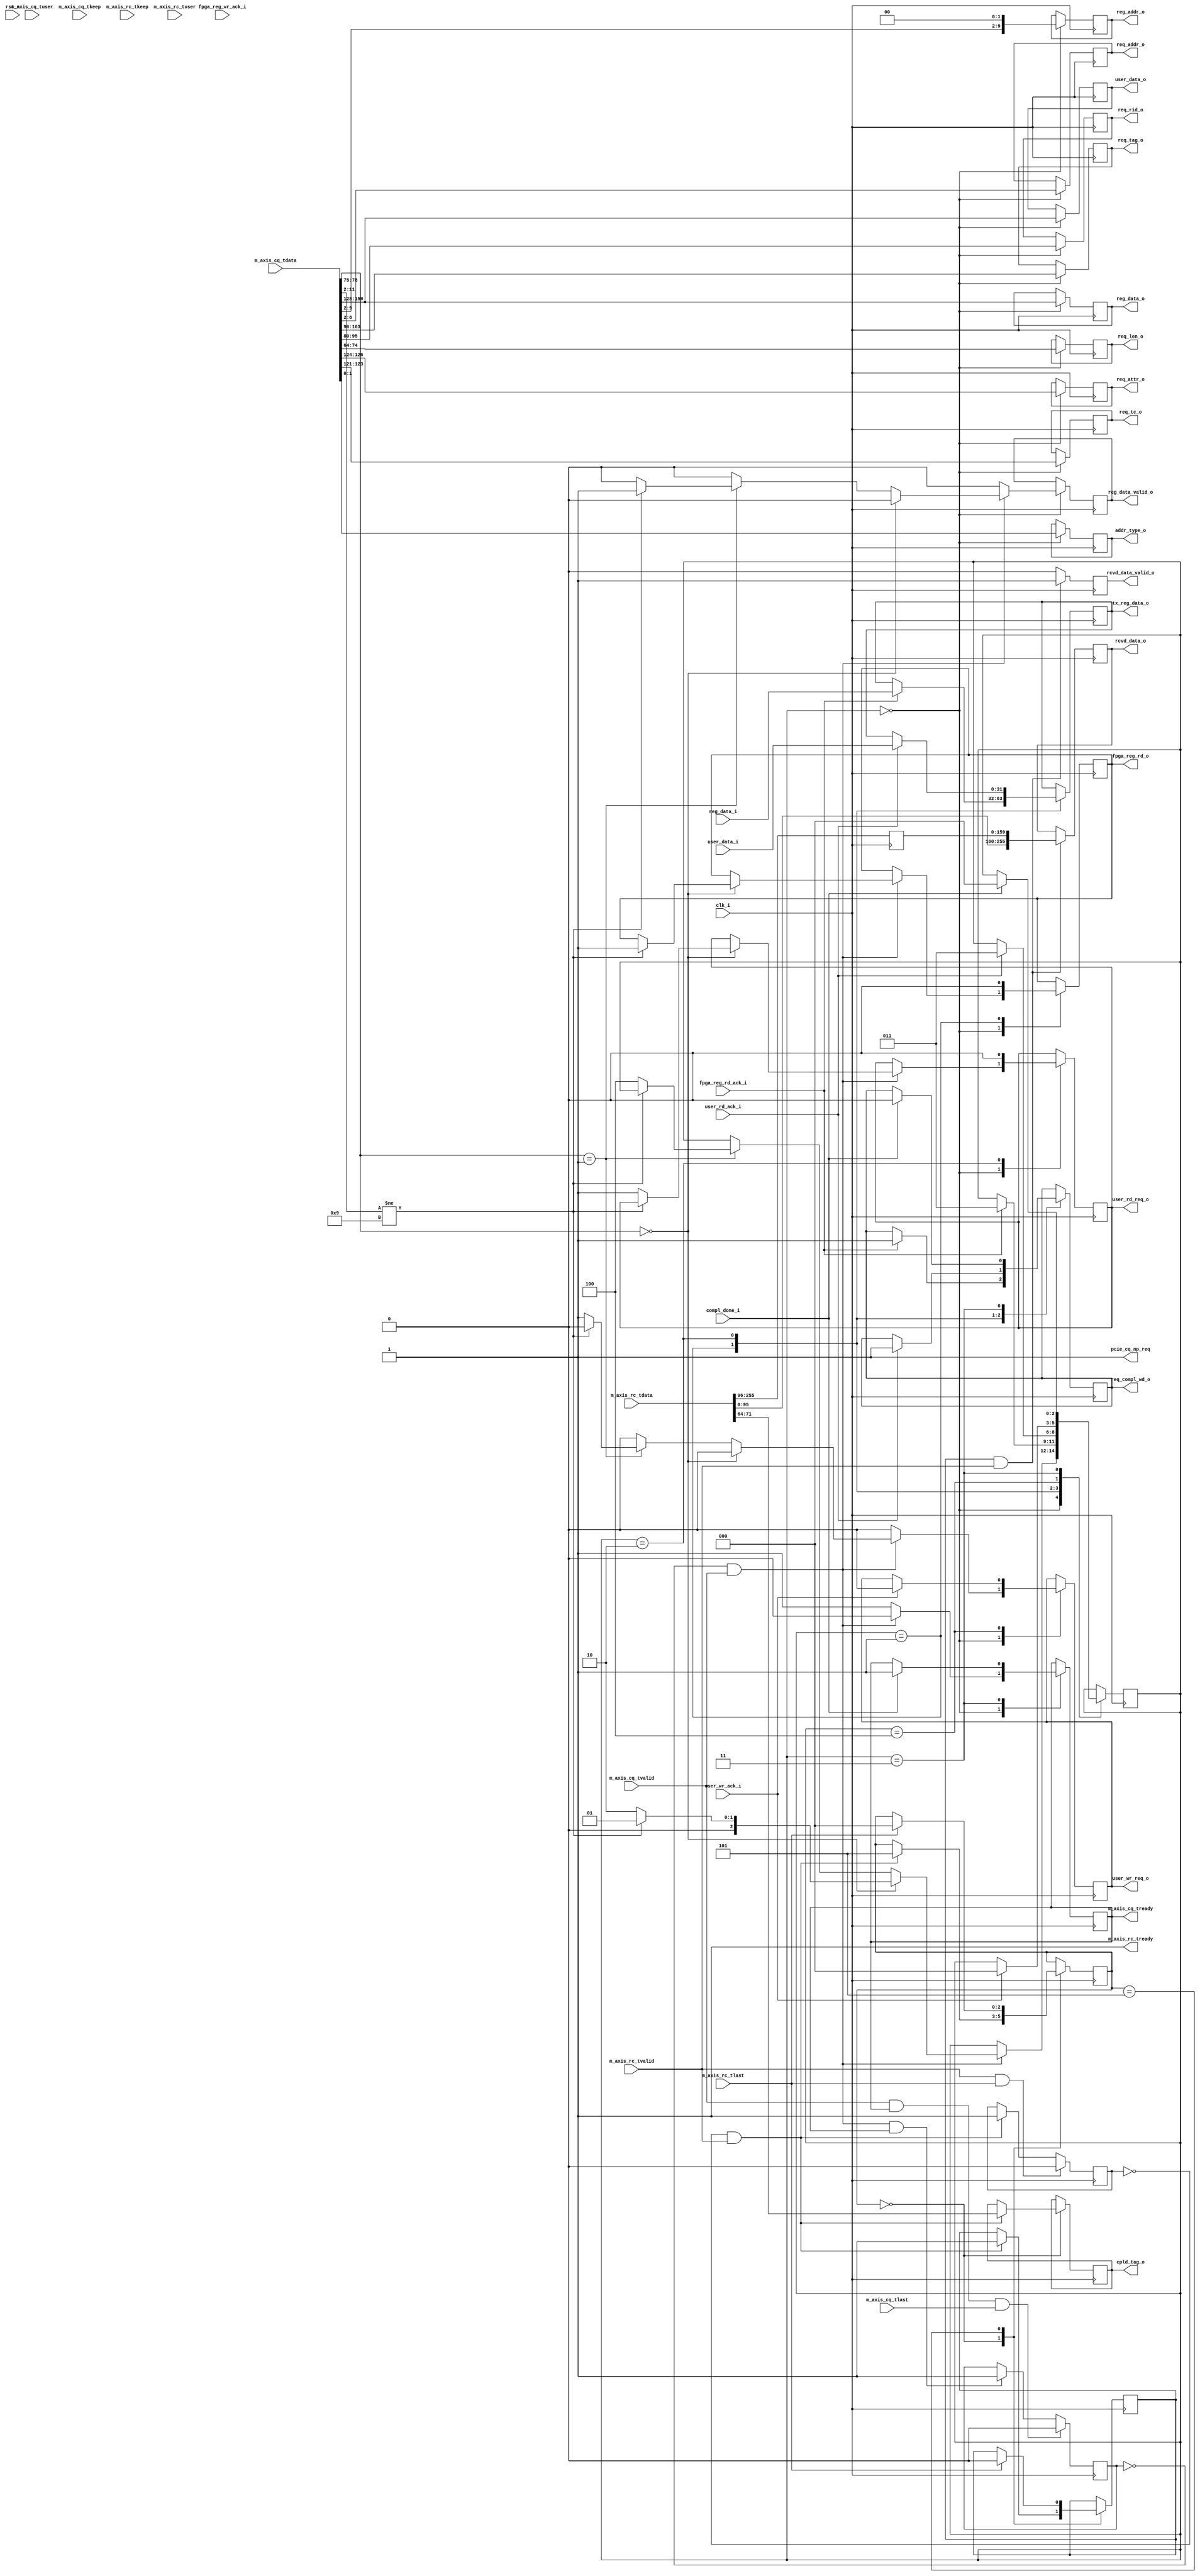
//--------------------------------------------------------------------------------
// Project    : SWITCH
// Version    : 0.1
//
// Description: 64 bit PCIe transaction layer receive unit
//
//--------------------------------------------------------------------------------

`timescale 1ns/1ns

module rx_engine  #(
  parameter C_DATA_WIDTH  = 256,                                 // RX interface data width
  parameter FPGA_ADDR_MAX = 'h400,
  parameter KEEP_WIDTH    = C_DATA_WIDTH / 32
) (
  input                         clk_i,                           // 250Mhz clock from PCIe core
  input                         rst_n,                           // Active low reset
  // AXI-S
  // Completer Request Interface
  input      [C_DATA_WIDTH-1:0] m_axis_cq_tdata,
  input                         m_axis_cq_tlast,
  input                         m_axis_cq_tvalid,
  input                  [84:0] m_axis_cq_tuser,
  input        [KEEP_WIDTH-1:0] m_axis_cq_tkeep,
  output reg                    m_axis_cq_tready,
  output                        pcie_cq_np_req,
  // Requester Completion Interface
  input      [C_DATA_WIDTH-1:0] m_axis_rc_tdata,
  input                         m_axis_rc_tlast,
  input                         m_axis_rc_tvalid,
  input        [KEEP_WIDTH-1:0] m_axis_rc_tkeep,
  input                  [74:0] m_axis_rc_tuser,
  output                        m_axis_rc_tready,
  //Tx engine
  input                         compl_done_i,                    // Tx engine indicating completion packet is sent
  output reg [1:0]              addr_type_o,                     // Address type for the received packet
  output reg                    req_compl_wd_o,                  // Request Tx engine for completion packet transmission 
  output reg [31:0]             tx_reg_data_o,                   // Data for completion packet              
  output reg [2:0]              req_tc_o,                        // Memory Read TC
  output reg [2:0]              req_attr_o,                      // Memory Read Attribute
  output reg [10:0]             req_len_o,                       // Memory Read Length (1DW)
  output reg [15:0]             req_rid_o,                       // Memory Read Requestor ID
  output reg [7:0]              req_tag_o,                       // Memory Read Tag
  output reg [6:0]              req_addr_o,                      // Memory Read Address
  //Register file
  output reg [31:0]             reg_data_o,                      // Write data to register
  output reg                    reg_data_valid_o,                // Register write data is valid
  output reg [9:0]              reg_addr_o,                      // Register address
  input                         fpga_reg_wr_ack_i,               // Register write acknowledge
  output reg                    fpga_reg_rd_o,                   // Register read enable
  input      [31:0]             reg_data_i,                      // Register read data
  input                         fpga_reg_rd_ack_i,               // Register read acknowledge
  output reg [7:0]              cpld_tag_o,
  //User interface
  output reg [31:0]             user_data_o,                     // User write data
  output reg                    user_wr_req_o,                   // User write request
  input                         user_wr_ack_i,                   // Write command ack
  input      [31:0]             user_data_i,                     // User read data
  input                         user_rd_ack_i,                   // User read acknowledge 
  output reg                    user_rd_req_o,                   // User read request
  //DDR interface
  output reg [C_DATA_WIDTH-1:0] rcvd_data_o,                     // Memory ready completion data after DMA read request
  output reg                    rcvd_data_valid_o                // Completion data is valid
);

   ///* synthesis translate_off */

   // Local Registers
	wire               sop;
	wire               c_sop;
	reg [2:0]          state;
	reg [2:0]          rcv_state;
	reg                in_packet_q;
	reg                c_in_packet_q;
	reg [159:0]        rx_tdata_p;
	reg                rcv_data;
	reg                lock_tag;
	reg                user_wr_ack;
	 
   // State Machine state declaration
	localparam  IDLE           = 'd0,
		    WAIT_FPGA_DATA = 'd1,
		    WAIT_USR_DATA  = 'd2,
		    WAIT_TX_ACK    = 'd3,
		    WAIT_USER_ACK  = 'd4,
		    RX_DATA        = 'd5;
					
   // TLP packet type encoding
	localparam  MEM_RD = 4'b0000,
				MEM_WR = 4'b0001;
					
    assign sop              = !in_packet_q && m_axis_cq_tvalid;   //start of a new packet on completer request interface
    assign c_sop            = !c_in_packet_q && m_axis_rc_tvalid; //start of a new packet on requester complete interface
    assign m_axis_rc_tready = 1'b1;                               //never back-pressure completion interface
    assign pcie_cq_np_req   = 1'b1;                               //always ready to accept non-posted requests

    // Generate a signal that indicates if we are currently receiving a packet.
    // This value is one clock cycle delayed from what is actually on the AXIS
    // data bus.
    always@(posedge clk_i)
    begin
      if (m_axis_cq_tvalid && m_axis_cq_tready && m_axis_cq_tlast)
        in_packet_q <= 1'b0;
      else if (sop && m_axis_cq_tready)
        in_packet_q <= 1'b1;
    end
	
	
    always@(posedge clk_i)
    begin
      if (m_axis_rc_tvalid && m_axis_rc_tready && m_axis_rc_tlast)
        c_in_packet_q <= 1'b0;
      else if (c_sop && m_axis_rc_tready)
        c_in_packet_q <= 1'b1;
    end
	 
	initial
	begin
		m_axis_cq_tready <=  1'b0;
		req_compl_wd_o   <=  1'b0;
		state            <=  IDLE;
		user_rd_req_o    <=  1'b0;
		user_wr_req_o    <=  1'b0;
		rcv_data         <=  1'b0;
		fpga_reg_rd_o    <=  1'b0;
		reg_data_valid_o <=  1'b0;
		in_packet_q      <=  1'b0;
		rcv_state        <=  IDLE;
		c_in_packet_q    <=  1'b0;
	end

   					
	//The receive state machine
    always @ ( posedge clk_i ) 
    begin
        case (state)
            IDLE : begin
                m_axis_cq_tready <=  1'b1;                  // Indicate ready to accept TLPs
                reg_data_valid_o <=  1'b0;
		user_wr_req_o    <=  1'b0;
		addr_type_o      <=  m_axis_cq_tdata[1:0];
		req_addr_o       <=  m_axis_cq_tdata[8:2];
		req_len_o        <=  m_axis_cq_tdata[74:64];  // Place the packet info on the bus for Tx engine
		req_rid_o        <=  m_axis_cq_tdata[95:80];
		req_tag_o        <=  m_axis_cq_tdata[103:96];
		req_tc_o         <=  m_axis_cq_tdata[123:121];
                req_attr_o       <=  m_axis_cq_tdata[126:124];
                reg_addr_o       <=  {m_axis_cq_tdata[9:2],2'b00};
		reg_data_o       <=  m_axis_cq_tdata[159:128];
	        user_data_o      <=  m_axis_cq_tdata[159:128];
               
                if (sop) 
                begin         
                    m_axis_cq_tready   <=  1'b0;             // Valid data on the bus
		    if(m_axis_cq_tdata[78:75] == MEM_RD)    // If memory ready request
		    begin
                        if({m_axis_cq_tdata[11:2],2'b00} != 'h24) // 24 in PIO data reg address
                        begin
                            state         <=  WAIT_FPGA_DATA; 
                            fpga_reg_rd_o <=  1'b1;   
                        end
                        else                    
                        begin
                            state         <=  WAIT_USR_DATA;
                            user_rd_req_o <=  1'b1;
                        end
	            end   
                    else if(m_axis_cq_tdata[78:75] == MEM_WR) // If memory write request
                    begin
		        if({m_axis_cq_tdata[11:2],2'b00} != 'h24)  // If the data is intended for global registers 24 in PIO data reg address
                        begin  
                            reg_data_valid_o <=   1'b1;    
                        end
                        else
                        begin
                            user_wr_req_o    <=   1'b1;
                            state            <=   WAIT_USER_ACK;
                        end					
                    end		
                end
            end

            WAIT_FPGA_DATA:begin
	     		fpga_reg_rd_o    <=  1'b0; 
                if(fpga_reg_rd_ack_i)
                begin 
                    req_compl_wd_o   <=  1'b1;        //Request Tx engine to send data
                    tx_reg_data_o    <=  reg_data_i;
                    state            <=  WAIT_TX_ACK; //Wait for ack from Tx engine for data sent
                end
            end
            WAIT_USR_DATA:begin
                user_rd_req_o  <=  1'b0;
                if(user_rd_ack_i)
                begin
                    req_compl_wd_o <=  1'b1;
                    tx_reg_data_o  <=  user_data_i;
	            state          <=  WAIT_TX_ACK;
                end
            end
            WAIT_USER_ACK:begin
                if(user_wr_ack_i)
                begin
                    user_wr_req_o    <=   1'b0;
                    state            <=   IDLE;
                end
            end
            WAIT_TX_ACK: begin
                if(compl_done_i)
                begin
                    state            <=  IDLE;
                    req_compl_wd_o   <=  1'b0;
		    m_axis_cq_tready <=  1'b1;
                end
            end
        endcase
    end
	
	
    //The receive state machine
    always @ ( posedge clk_i ) 
    begin
        case (rcv_state)
            IDLE : begin
                if (c_sop) 
                begin                       // Valid data on the bus
                    rcv_state  <=  RX_DATA;
					     cpld_tag_o <=  m_axis_rc_tdata[71:64];
						  rcv_data   <=  1'b1;
                end
            end	
            RX_DATA:begin
                if(m_axis_rc_tlast)
                begin
                    rcv_data  <=  1'b0;
                    rcv_state <=  IDLE;
                end
            end
		endcase
    end		

    //Packing data from the received completion packet. Required since the TLP header is 3 DWORDs.
    always @(posedge clk_i)
    begin
        rx_tdata_p <= m_axis_rc_tdata[255:96];
        if(rcv_data & m_axis_rc_tvalid)
        begin
            rcvd_data_valid_o <= 1'b1;   
            rcvd_data_o       <= {m_axis_rc_tdata[95:0],rx_tdata_p};
        end
        else
            rcvd_data_valid_o <= 1'b0;
    end

	 
endmodule